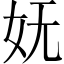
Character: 妩